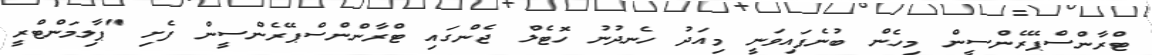
ޓްރާންސްޕޭރެންސީން މިހެން ބުނެފައިވަނީ މިއަދު ހެނދުނު ހޮޓެލް ޖެންގައި ޓްރާންންސްޕޭރެންސީން ފެށި "ޕާލިމަންޓްރީ